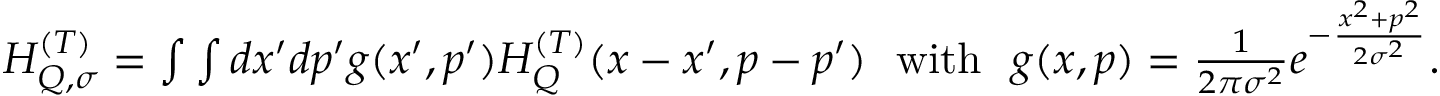
\begin{array} { r } { H _ { Q , \sigma } ^ { ( T ) } = \int \int d x ^ { \prime } d p ^ { \prime } g ( x ^ { \prime } , p ^ { \prime } ) H _ { Q } ^ { ( T ) } ( x - x ^ { \prime } , p - p ^ { \prime } ) \ \ \mathrm { w i t h } \ \ g ( x , p ) = \frac { 1 } { 2 \pi \sigma ^ { 2 } } e ^ { - \frac { x ^ { 2 } + p ^ { 2 } } { 2 \sigma ^ { 2 } } } . } \end{array}